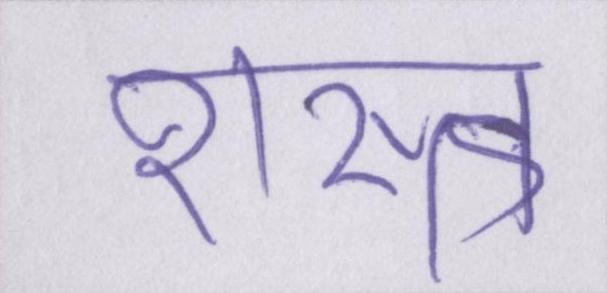
शस्त्र